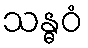
သန္ဓဝံ